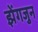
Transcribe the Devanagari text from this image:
झेंगजुन